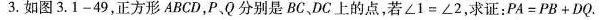
3.如图3.1-49，正方形ABCD，P、Q分别是BC、DC上的点，若$$∠ 1 = ∠ 2$$，求证：$$P A = P B + D Q$$.